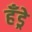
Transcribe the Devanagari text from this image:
हँड्रे